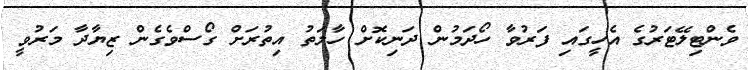
ވެންޓިލޭޓަރުގެ އެހީގައި ފަރުވާ ހޯދަމުން ދަނިކޮށް ހާލަތު އިތުރަށް ގޯސްވެގެން ޒިޔާދާ މަރުވީ